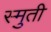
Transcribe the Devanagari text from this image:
स्मुती